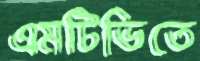
এমটিভিতে